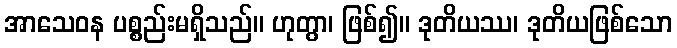
အာသေဝန ပစ္စည်းမရှိသည်။ ဟုတွာ၊ ဖြစ်၍။ ဒုတိယဿ၊ ဒုတိယဖြစ်သော